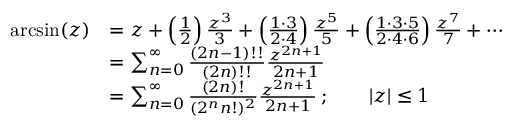
{ \begin{array} { r l } { \arcsin ( z ) } & { = z + \left( { \frac { 1 } { 2 } } \right) { \frac { z ^ { 3 } } { 3 } } + \left( { \frac { 1 \cdot 3 } { 2 \cdot 4 } } \right) { \frac { z ^ { 5 } } { 5 } } + \left( { \frac { 1 \cdot 3 \cdot 5 } { 2 \cdot 4 \cdot 6 } } \right) { \frac { z ^ { 7 } } { 7 } } + \cdots } \\ & { = \sum _ { n = 0 } ^ { \infty } { \frac { ( 2 n - 1 ) ! ! } { ( 2 n ) ! ! } } { \frac { z ^ { 2 n + 1 } } { 2 n + 1 } } } \\ & { = \sum _ { n = 0 } ^ { \infty } { \frac { ( 2 n ) ! } { ( 2 ^ { n } n ! ) ^ { 2 } } } { \frac { z ^ { 2 n + 1 } } { 2 n + 1 } } \, ; \qquad | z | \leq 1 } \end{array} }